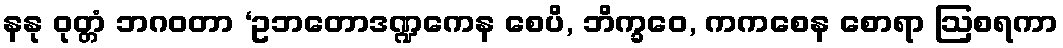
နနု ဝုတ္တံ ဘဂဝတာ ‘ဥဘတောဒဏ္ဍကေန စေပိ, ဘိက္ခဝေ, ကကစေန စောရာ ဩစရကာ